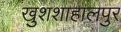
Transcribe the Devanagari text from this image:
खुशशाहालपुर